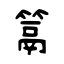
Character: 䈪